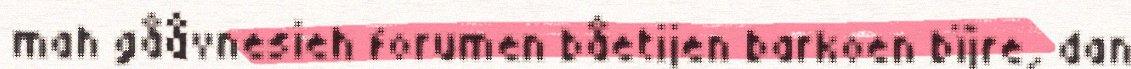
mah gååvnesieh forumen båetijen barkoen bïjre, dan